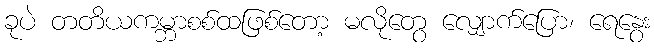
ခုပဲ တတိယကမ္ဘာစစ်ထဖြစ်တော့ မလိုတွေ လျှောက်ပြော၊ ရေနွေး